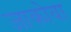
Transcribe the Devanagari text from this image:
जाकोवा